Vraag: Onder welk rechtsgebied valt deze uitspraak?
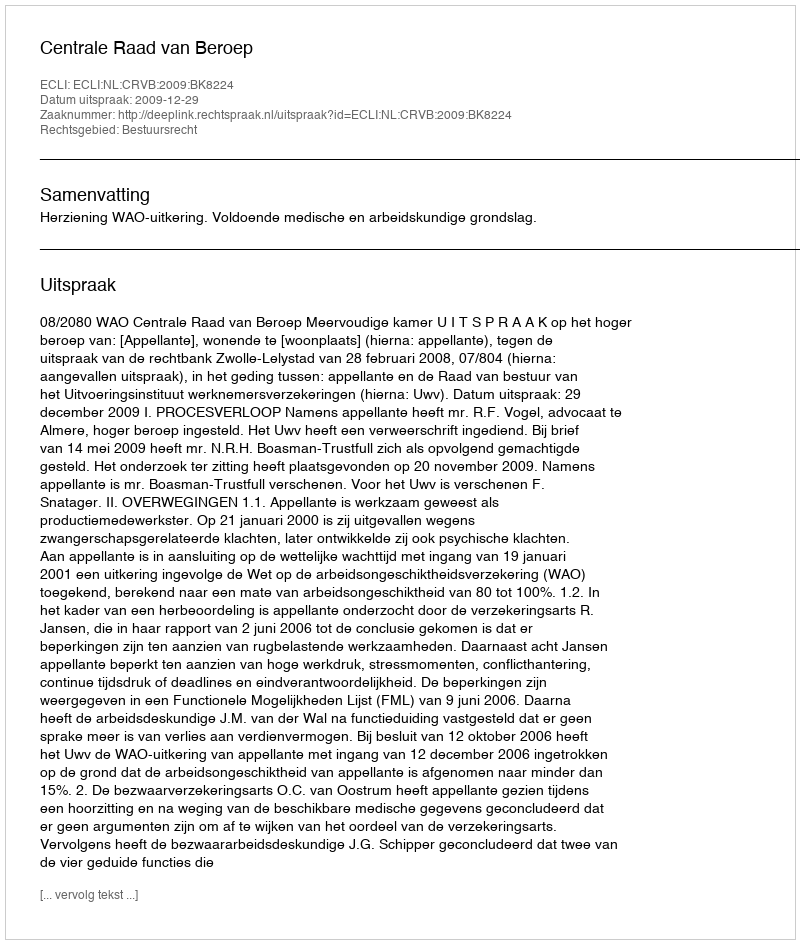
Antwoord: Bestuursrecht